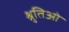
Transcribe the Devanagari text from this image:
श्रुतिओं